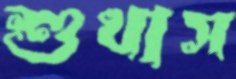
শুখাস